Report on vaccination in Madras 1895-1903 - 1895-1903
Year: 1895
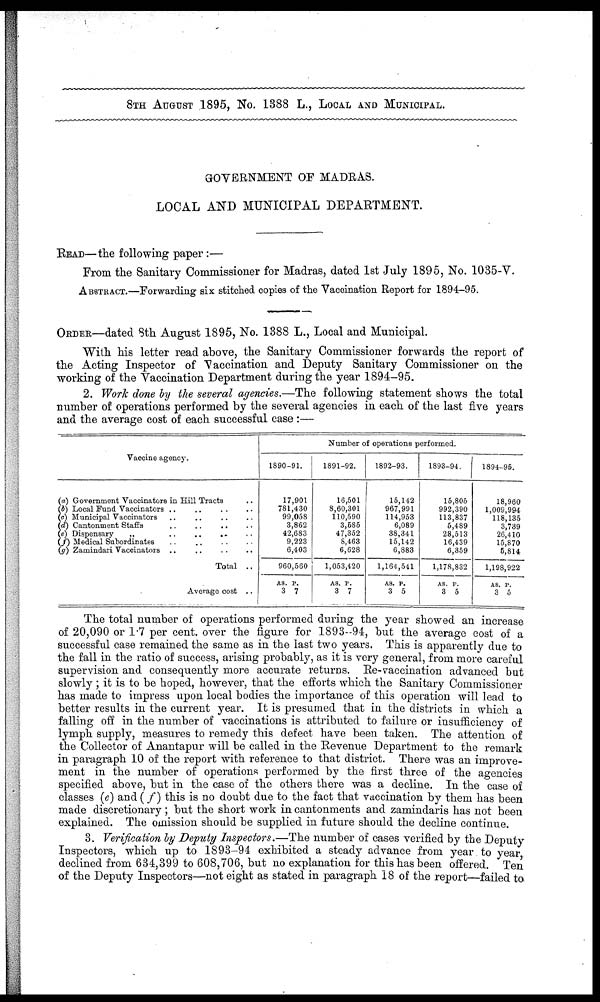
8TH AUGUST 1895, No. 1388 L., LOCAL AND MUNICIPAL.
GOVERNMENT OF MADRAS.
LOCAL AND MUNICIPAL DEPARTMENT.
READ—the following paper:—
From the Sanitary Commissioner for Madras, dated 1st July 1895, No. 1035-V.
ABSTRACT.—Forwarding six stitched copies of the Vaccination Report for 1894-95.
ORDER—dated 8th August 1895, No. 1388 L., Local and Municipal.
With his letter read above, the Sanitary Commissioner forwards the report of
the Acting Inspector of "Vaccination and Deputy Sanitary Commissioner on the
working of the Vaccination Department during the year 1894-95.
2. Work done by the several agencies.—The following statement shows the total
number of operations performed by the several agencies in each of the last five years
and the average cost of each successful case:—
Vaccine agency.
(a) Government Vaccinators in Hill Tracts ..
(b) Local Fund Vaccinators .. .. .. ..
(c) Municipal Vaccinators .. .. .. ..
(d) Cantonment Staffs
..
..
..
..
(e) Dispensary
„
..
..
..
..
(f) Medical Subordinates .. .. .. ..
(g) Zamindari Vaccinators
..
..
..
..
Total ..
Average cost ..
Number of operations performed.
1890-91.
17,901
781,430
99,058
3,862
42,683
9,223
6,403
960,560
AS.
3
P.
7
1891-92.
16,501
8,60,301
110,590
3,585
47,352
8,463
6,628
1,053,420
AS.
3
P.
7
1892-93.
15,142
967,991
114,953
6,089
38,341
15,142
6,883
1,164,541
AS.
3
P.
5
1893-94.
15,805
992,390
113,837
5,489
28,513
16,439
6,359
1,178,832
AS.
3
P.
5
1894-95.
18,960
1,009,994
118,135
3,739
26,410
15,870
5,814
1,198,922
AS.
3
P.
5
The total number of operations performed during the year showed an increase
of 20,090 or 1.7 per cent. over the figure for 1893-94, but the average cost of a
successful case remained the same as in the last two years. This is apparently due to
the fall in the ratio of success, arising probably, as it is very general, from more careful
supervision and consequently more accurate returns. Re-vaccination advanced but
slowly ; it is to be hoped, however, that the efforts which the Sanitary Commissioner
has made to impress upon local bodies the importance of this operation will lead to
better results in the current year. It is presumed that in the districts in which a
falling off in the number of vaccinations is attributed to failure or insufficiency of
lymph supply, measures to remedy this defect have been taken. The attention of
the Collector of Anantapur will be called in the Revenue Department to the remark
in paragraph 10 of the report with reference to that district. There was an improve-
ment in the number of operations performed by the first three of the agencies
specified above, but in the case of the others there was a decline. In the case of
classes (e) and (f) this is no doubt due to the fact that vaccination by them has been
made discretionary ; but the short work in cantonments and zamindaris has not been
explained. The omission should be supplied in future should the decline continue.
3. Verification by Deputy Inspectors.—The number of cases verified by the Deputy
Inspectors, which up to 1893-94 exhibited a steady advance from year to year
declined from 634,399 to 608,706, but no explanation for this has been offered. Ten
of the Deputy Inspectors—not eight as stated in paragraph 18 of the report—failed to